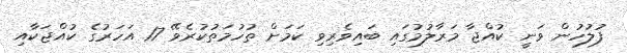
ފުލުހުން ވަނީ ކުއްޖާ މަރާލުމުގައި ބައިވެރިވި ކަމަަށް ތުހުމަތުކުރެވޭ 17 އަހަރުގެ ކުއްޖަކާއި